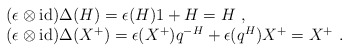
\begin{align*}\begin{array}{rcl}& &(\epsilon\otimes{\rm id})\Delta(H)=\epsilon(H)1+H=H~,\\& &(\epsilon\otimes{\rm id})\Delta(X^+)=\epsilon(X^+)q^{-H}+\epsilon(q^{H})X^+=X^+~.\end{array}\end{align*}